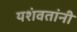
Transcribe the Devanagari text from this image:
यशंवतांनी